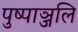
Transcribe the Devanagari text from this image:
पुष्पाञ्जलि